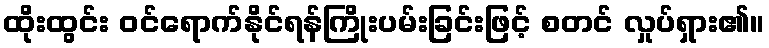
ထိုးထွင်း ဝင်ရောက်နိုင်ရန်ကြိုးပမ်းခြင်းဖြင့် စတင် လှုပ်ရှား၏။